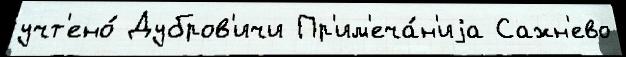
учт'ено́ Дубров'ичи Пр'им'еча́н'иjа Сажн'ево